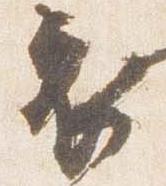
衣